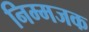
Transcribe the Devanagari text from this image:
निम्मजक